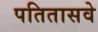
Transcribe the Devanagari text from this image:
पतितासवे